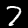
Digit: 7